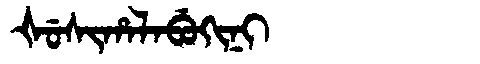
Manchu: ᡧᡠᠰᡳᡥᠠᠯᠠᠪᡠᡴᡳᠨᡳ
Romanization: ŠUSIHALABUKINI